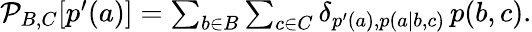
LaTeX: \begin{array}{r}{\mathcal{P}_{B,C}[p^{\prime}(a)]=\sum_{b\in B}\sum_{c\in C}\delta_{p^{\prime}(a),p(a|b,c)}\, p(b,c).}\end{array}